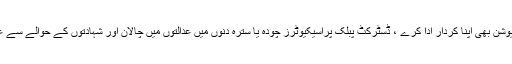
فاضل جسٹس نے کہا کہ پراسیکیوشن بھی اپنا کردار ادا کرے ، ڈسٹرکٹ پبلک پراسیکیوٹرز چودہ یا سترہ دنوں میں عدالتوں میں چالان اور شہادتوں کے حوالے سے عدالتوں کی مکمل معاونت کریں ۔